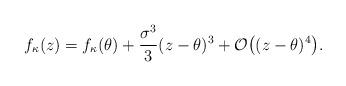
LaTeX: \begin{align*}f_{\kappa}(z) = f_{\kappa}(\theta) + \frac{\sigma^3}{3}(z-\theta)^3 + \mathcal{O}\big((z-\theta)^4\big).\end{align*}